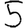
Digit: 5